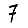
Digit: 7